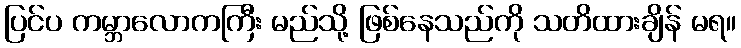
ပြင်ပ ကမ္ဘာလောကကြီး မည်သို့ ဖြစ်နေသည်ကို သတိထားချိန် မရ။